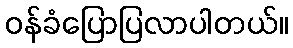
ဝန်ခံပြောပြလာပါတယ်။